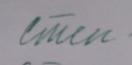
Signature authenticity: forged